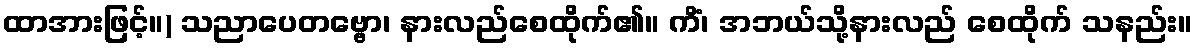
ထာအားဖြင့်။) သညာပေတဗ္ဗော၊ နားလည်စေထိုက်၏။ ကိံ၊ အဘယ်သို့နားလည် စေထိုက် သနည်း။